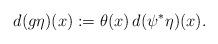
LaTeX: \begin{align*} d(g\eta)(x):=\theta(x)\,d(\psi^*\eta)(x).\end{align*}